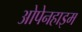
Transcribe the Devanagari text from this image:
ओपेनहाइम